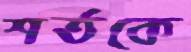
শর্তকে